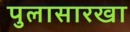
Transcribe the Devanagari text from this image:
पुलासारखा